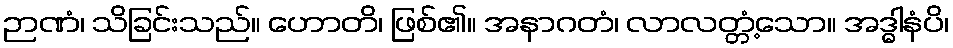
ဉာဏံ၊ သိခြင်းသည်။ ဟောတိ၊ ဖြစ်၏။ အနာဂတံ၊ လာလတ္တံ့သော။ အဒ္ဓါနံပိ၊